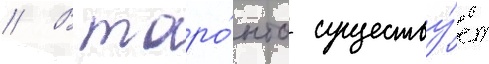
// В торо́нто существу́ет